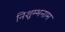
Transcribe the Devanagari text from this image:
निशुम्भनाम